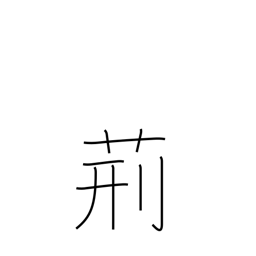
Meaning: whip